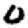
Digit: 0